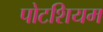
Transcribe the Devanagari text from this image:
पोटशियम